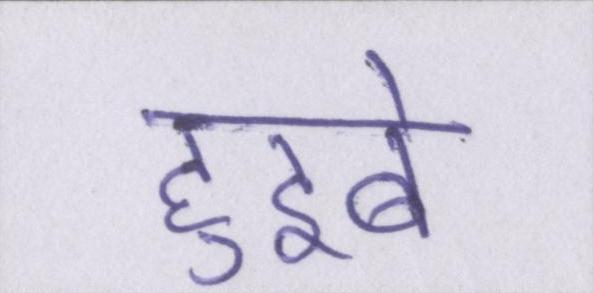
हुइबे